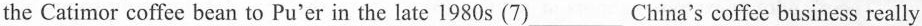
the Catimor coffee bean to Pu'er in the late 1980 s (7)___China's coffee business really